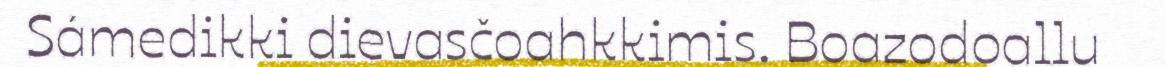
Sámedikki dievasčoahkkimis. Boazodoallu